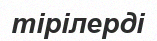
тірілерді